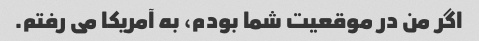
اگر من در موقعیت شما بودم، به آمریکا می رفتم.